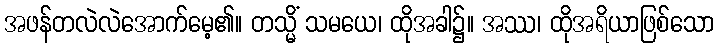
အဖန်တလဲလဲအောက်မေ့၏။ တသ္မိံ သမယေ၊ ထိုအခါ၌။ အဿ၊ ထိုအရိယာဖြစ်သော